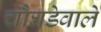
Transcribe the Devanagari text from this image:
चौघडेवाले